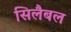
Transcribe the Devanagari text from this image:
सिलैबल